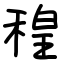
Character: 䅣